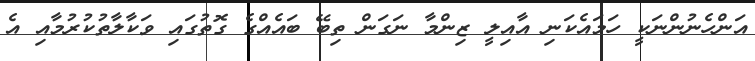
އަންހެނުންނަކީ ހަމައެކަނި އާއިލީ ޒިންމާ ނަގަން ތިބޭ ބައެއްގެ ގޮތުގައި ވަކާލާތުކުރުމާއި އެ